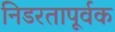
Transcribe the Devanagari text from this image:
निडरतापूर्वक